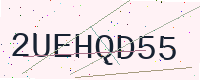
Text: 2UEHQD55